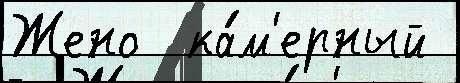
Жено  ка́м'ерный